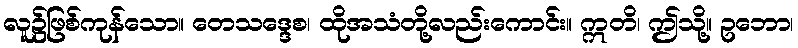
လူ၌ဖြစ်ကုန်သော။ တေသဒ္ဒေစ၊ ထိုအသံတို့လည်းကောင်း။ ဣတိ၊ ဤသို့။ ဥဘော၊